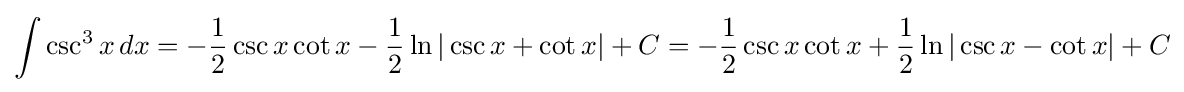
\int \csc ^{3}{x}\,dx=-{\frac {1}{2}}\csc x\cot x-{\frac {1}{2}}\ln |\csc x+\cot x|+C=-{\frac {1}{2}}\csc x\cot x+{\frac {1}{2}}\ln |\csc x-\cot x|+C